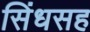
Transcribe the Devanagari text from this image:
सिंधसह